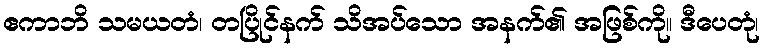
ဧကာဘိ သမယတံ၊ တပြိုင်နက် သိအပ်သော အနက်၏ အဖြစ်ကို။ ဒီပေတုံ၊